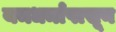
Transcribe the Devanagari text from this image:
यमधर्मापासून